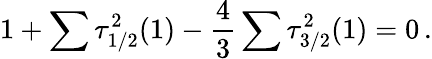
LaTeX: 1+\sum\tau_{1/2}^{2}(1)-\frac{4}{3}\sum\tau_{3/2}^{2}(1)=0\, .